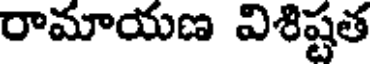
రామాయణ విశిష్టత